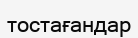
тостағандар